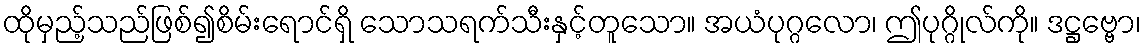
ထိုမှည့်သည်ဖြစ်၍စိမ်းရောင်ရှိ သောသရက်သီးနှင့်တူသော။ အယံပုဂ္ဂလော၊ ဤပုဂ္ဂိုလ်ကို။ ဒဋ္ဌဗ္ဗော၊